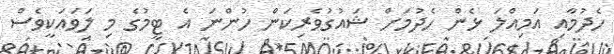
ހެދުމާއި އަމިއްލަ ޅެން ހެދުމަށް ޝައުގުވެރިކަން ހުންނަ އެ ޓީމުގެ މި ލަވައަކީވެސް